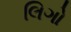
લિગો